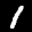
Label: 1